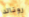
رونالد